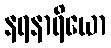
နရနာရိယော